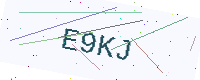
Text: E9KJ